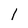
Character: I